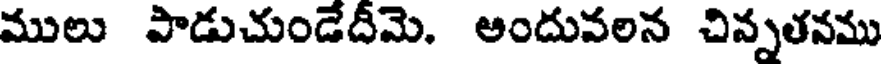
ములు పాడుచుండేదీమె. అందువలన చిన్నతనము